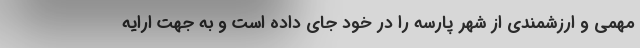
مهمی و ارزشمندی از شهر پارسه را در خود جای داده است و به جهت ارایه